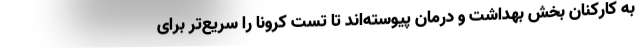
به کارکنان بخش بهداشت و درمان پیوسته‌اند تا تست کرونا را سریع‌تر برای